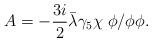
LaTeX: \begin{align*}A= -\frac{3i}{2}{\bar \lambda}\gamma_5\chi \; \phi / \phi\phi.\end{align*}